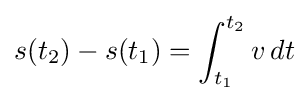
s(t_{2})-s(t_{1})=\int _{t_{1}}^{t_{2}}{v}\,dt